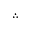
\therefore